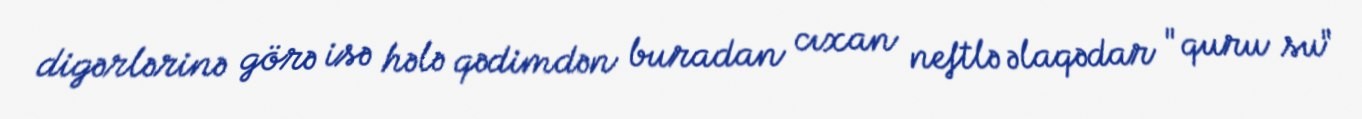
digərlərinə görə isə hələ qədimdən buradan cıxan neftlə əlaqədar "quru su"